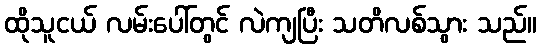
ထိုသူငယ် လမ်းပေါ်တွင် လဲကျပြီး သတိလစ်သွား သည်။